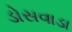
ડોસવાડા